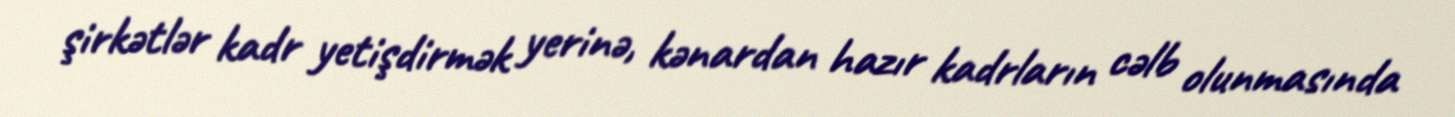
şirkətlər kadr yetişdirmək yerinə, kənardan hazır kadrların cəlb olunmasında